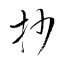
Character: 抄